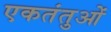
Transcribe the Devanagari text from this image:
एकतंतुओं